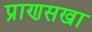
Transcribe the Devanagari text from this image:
प्राणसखा